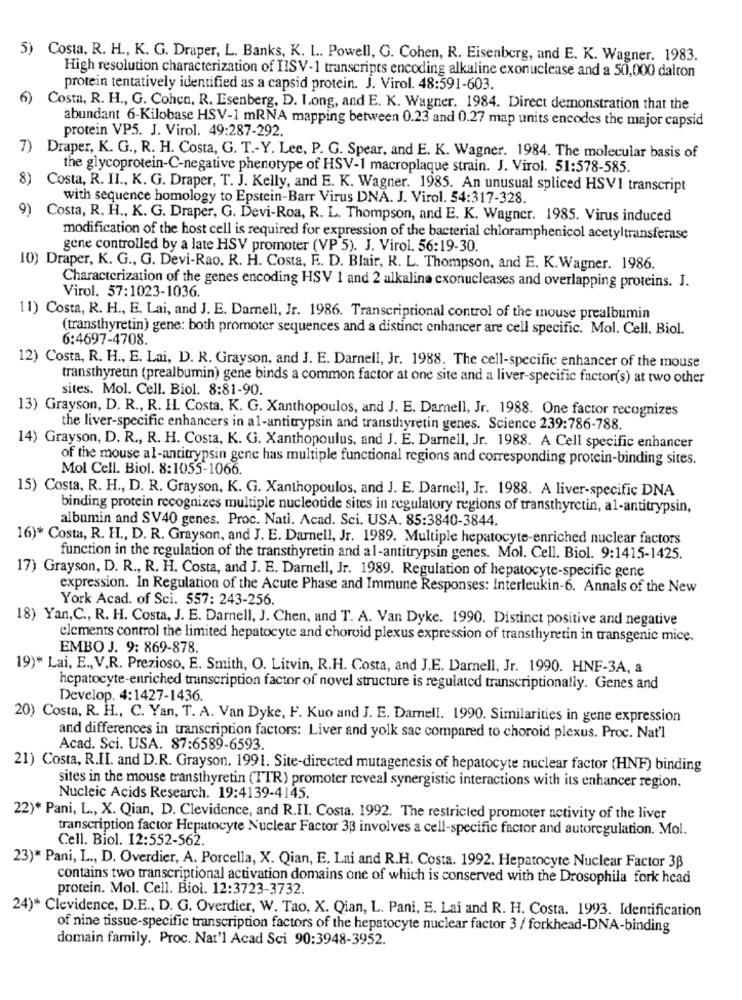
5)
Costa. R. H ., K. G. Draper, L. Banks, K. L .. Powell, G. Cohen, R. Eisenberg, and E. K. Wagner. 1983.
High resolution characterization of HISV-1 transcripts encoding alkaline exonuclease and a 50,000 dalton
protein tentatively identified as a capsid protein. J. Virol. 48:591-603.
6)
Costa, R. H ., G. Cohen, R. Esenberg, D. Long, and E. K. Wagner. 1984. Direct demonstration that the
abundant 6-Kilobase HSV-1 mRNA mapping between 0.23 and 0.27 map units encodes the major capsid
protein VP5. J. Virol. 49:287-292.
Draper, K. G ., R. H. Costa, G. T .- Y. Lee, P. G. Spear, and E. K. Wagner. 1984. The molecular basis of
the glycoprotein-C-negative phenotype of HSV-1 macroplaque strain. J. Virol. 51:578-585.
8)
Costa, R. II ., K. G. Draper, T. J. Kelly, and E. K. Wagner. 1985. An unusual spliced HSV1 transcript
with sequence homology to Epstein-Barr Virus DNA. J. Virol. 54:317-328.
9)
Costa, R. H ., K. G. Draper, G. Devi-Roa, R. L. Thompson, and E. K. Wagner. 1985. Virus induced
modification of the host cell is required for expression of the bacterial chloramphenicol acetyltransferase
gene controlled by a late HSV promoter (VP 5). J. Virol. 56:19-30.
10) Draper, K. G ., G. Devi-Rao. R. H. Costa, F. D. Blair, R. L. Thompson, and E. K. Wagner. 1986.
Characterization of the genes encoding HSV 1 and 2 alkaline cxonucleases and overlapping proteins. J.
Virol. 57:1023-1036.
11) Costa, R. H ., E. Lai, and J. E. Darnell, Jr. 1986. Transcriptional control of the mouse prealbumin
(transthyretin) gene: both promoter sequences and a distinct enhancer are cell specific. Mol. Cell. Biol.
6:4697-4708.
12) Costa, R. H ., E. Lai, D. R. Grayson, and J. E. Darnell, Jr. 1988. The cell-specific enhancer of the mouse
transthyretin (prealbumin) gene binds a common factor at one site and a liver-specific factor(s) at two other
sites. Mol. Cell. Biol. 8:81-90.
13) Grayson, D. R ., R. IL. Costa, K. G. Xanthopoulos, and J. E. Darnell, Jr. 1988. One factor recognizes
the liver-specific enhancers in al-antitrypsin and transthyretin genes. Science 239:786-788.
14) Grayson, D. R ., R. H. Costa, K. G. Xanthopoulus, and J. E. Darnell, Jr. 1988. A Cell specific enhancer
of the mouse al-antitrypsin gene has multiple functional regions and corresponding protein-binding sites.
Mol Cell. Biol. 8:1055-1066.
15) Costa, R. H ., D. R. Grayson, K. G. Xanthopoulos, and J. E. Darnell, Jr. 1988. A liver-specific DNA
binding protein recognizes multiple nucleotide sites in regulatory regions of transthyrctin, al-antitrypsin,
albumin and SV40 genes. Proc. Nati. Acad. Sci. USA. 85:3840-3844.
16)* Costa, R. H ., D. R. Grayson, and J. E. Darnell, Jr. 1989. Multiple hepatocyte-enriched nuclear factors
function in the regulation of the transthyretin and al-antitrypsin genes. Mol. Cell. Biol. 9:1415-1425.
17) Grayson, D. R ., R. H. Costa, and J. E. Darnell, Jr. 1989. Regulation of hepatocyte-specific gene
expression. In Regulation of the Acute Phase and Immune Responses: Interleukin-6. Annals of the New
York Acad. of Sci. 557: 243-256.
18) Yan,C ., R. H. Costa, J. E. Darnell, J. Chen, and T. A. Van Dyke. 1990. Distinct positive and negative
elements control the limited hepatocyte and choroid plexus expression of transthyretin in transgenic mice.
EMBO J. 9: 869-878.
19)* Lai, E ., V,R. Prezioso, E. Smith, O. Litvin, R.H. Costa, and J.E. Darnell, Jr. 1990. HNF-3A, a
hepatocyte-enriched transcription factor of novel structure is regulated transcriptionally. Genes and
Develop. 4:1427-1436.
20) Costa, R. H ., C. Yan, T. A. Van Dyke, F. Kuo and J. E. Darnell. 1990. Similarities in gene expression
and differences in transcription factors: Liver and yolk sac compared to choroid plexus. Proc. Nat'l
Acad. Sci. USA. 87:6589-6593.
21) Costa, R.II. and D.R. Grayson. 1991. Site-directed mutagenesis of hepatocyte nuclear factor (HNF) binding
sites in the mouse transthyretin (TTR) promoter reveal synergistic interactions with its enhancer region.
Nucleic Acids Research. 19:4139-4145.
22)* Pani, L ., X. Qian, D. Clevidence, and R.II. Costa. 1992. The restricted promoter activity of the liver
transcription factor Hepatocyte Nuclear Factor 33 involves a cell-specific factor and autoregulation. Mol.
Cell. Biol. 12:552-562.
23)* Pani, L ., D. Overdier, A. Porcella, X. Qian, E. Lai and R.H. Costa. 1992. Hepatocyte Nuclear Factor 3B
contains two transcriptional activation domains one of which is conserved with the Drosophila fork head
protein. Mol. Cell. Biol. 12:3723-3732.
24)* Clevidence, D.E ., D. G. Overdier, W. Tao, X. Qian, L. Pani, E. Lai and R. H. Costa. 1993. Identification
of nine tissue-specific transcription factors of the hepatocyte nuclear factor 3 / forkhead-DNA-binding
domain family. Proc. Nat'l Acad Sci 90:3948-3952.